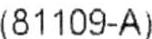
(81109-A)